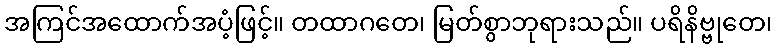
အကြင်အထောက်အပံ့ဖြင့်။ တထာဂတေ၊ မြတ်စွာဘုရားသည်။ ပရိနိဗ္ဗုတေ၊